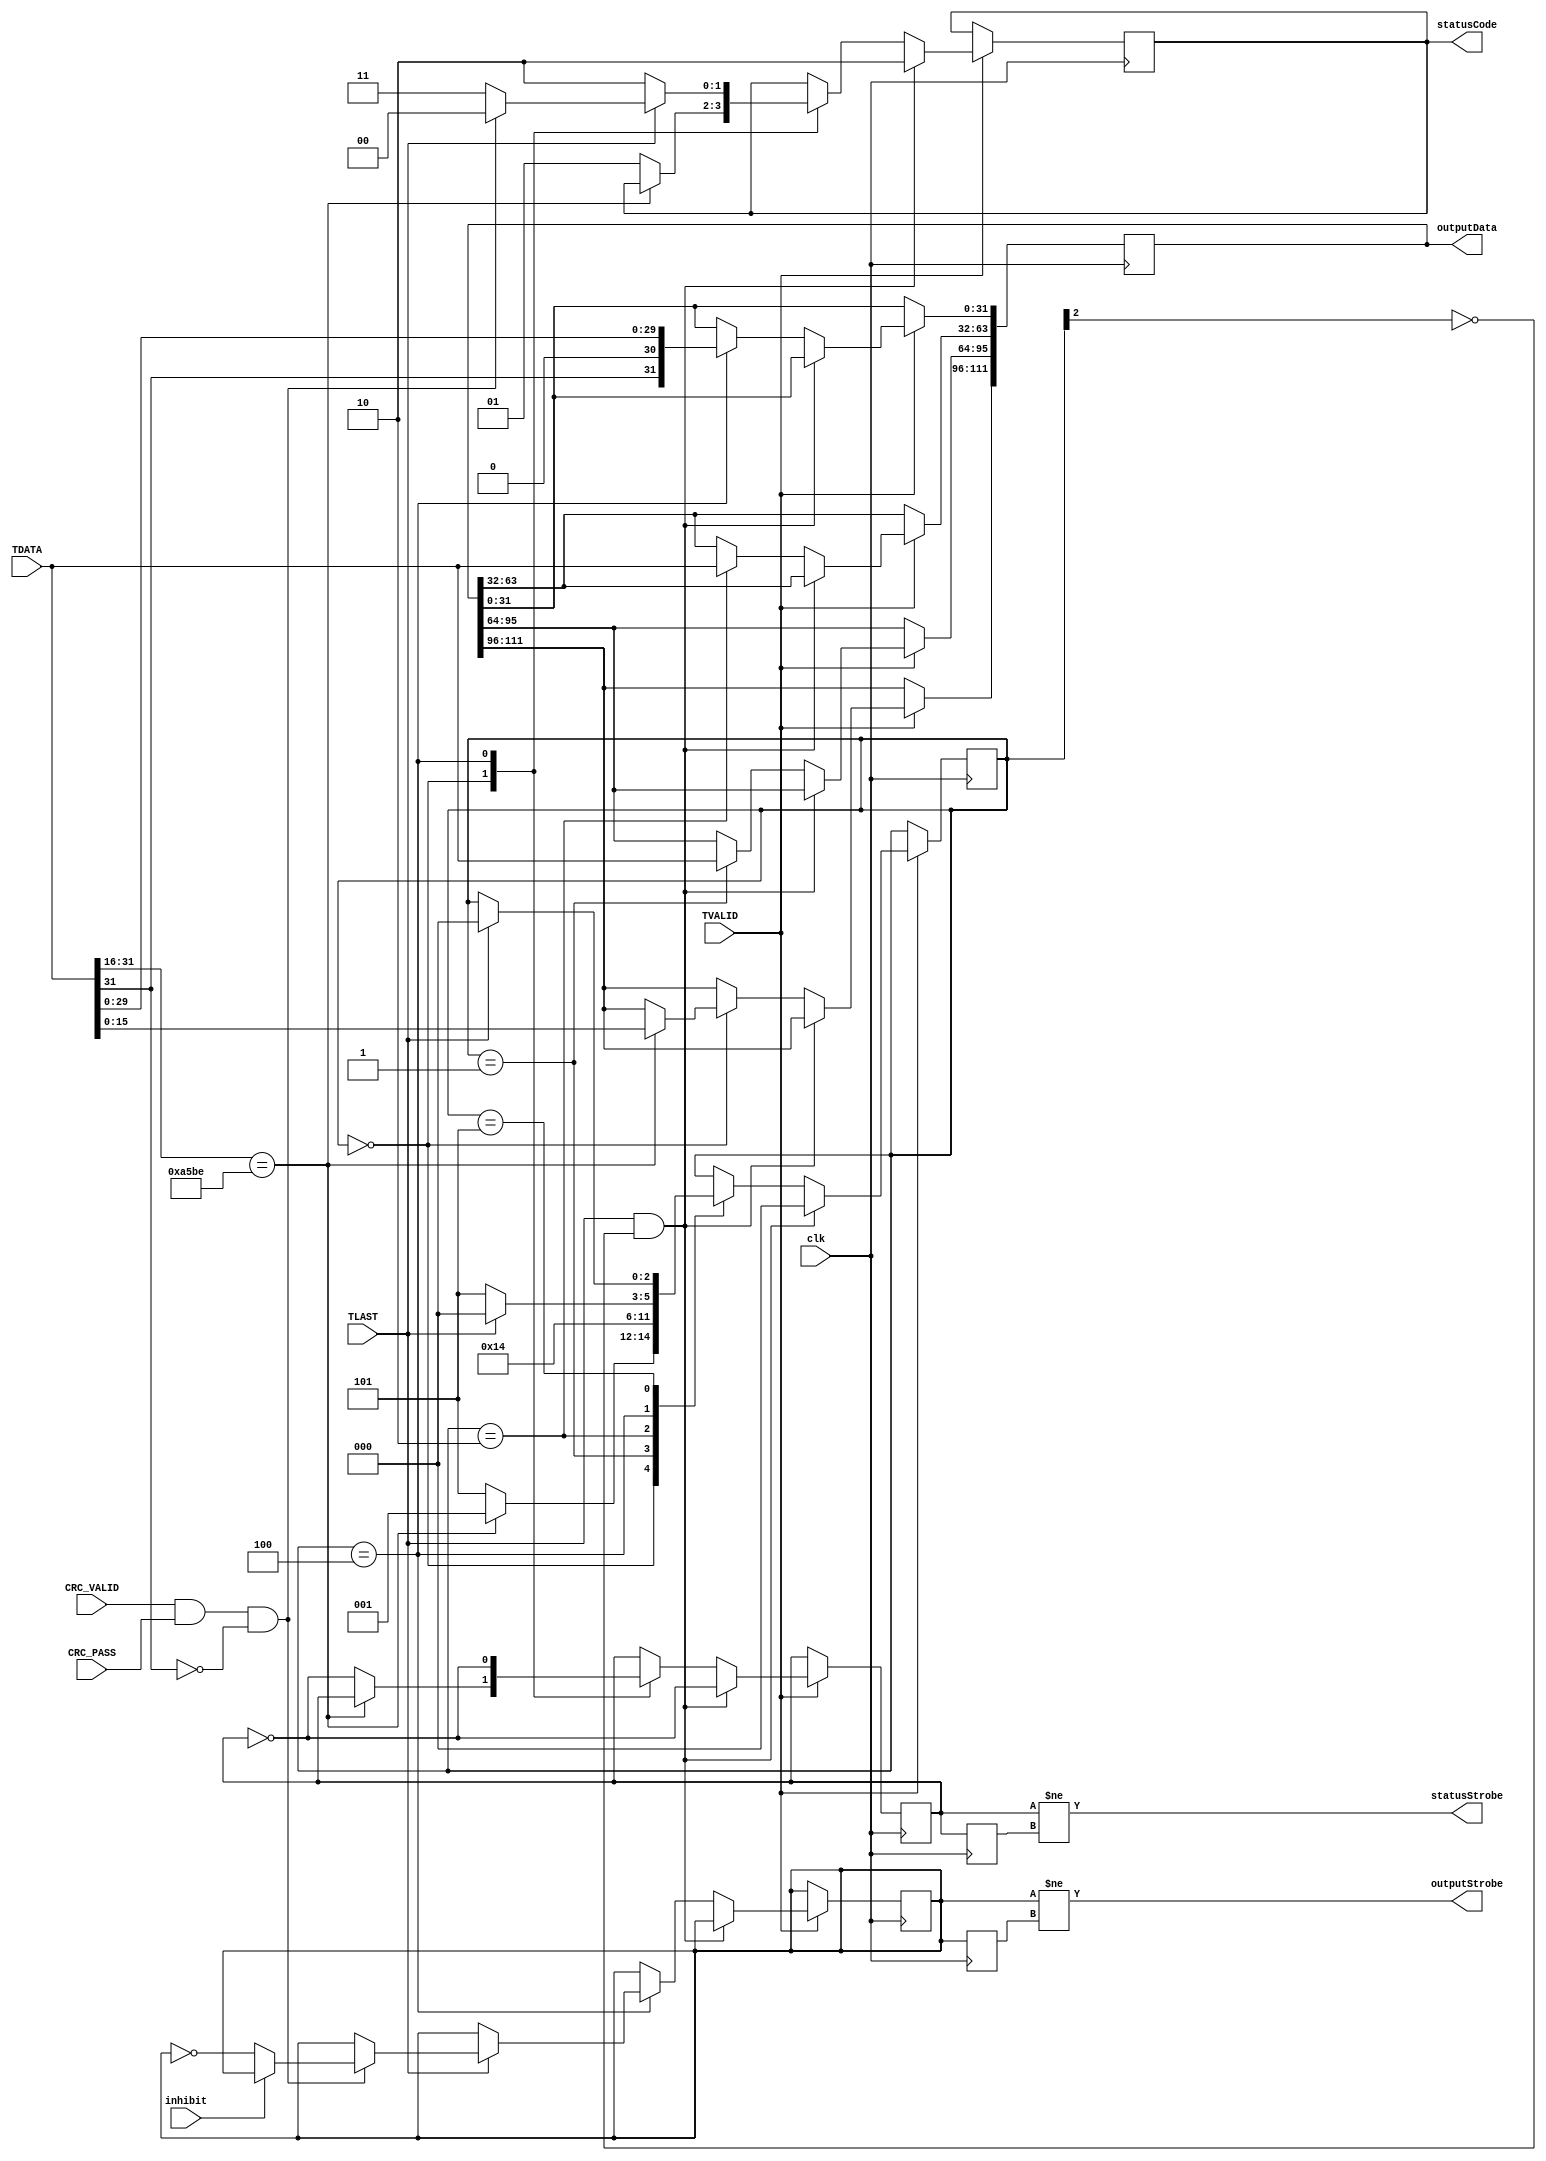
//
// Read values from a BPM link
// Everything is in Aurora receiver AXI clock domain.
//
module readBPMlink #(
    parameter dbg = "false") (
                       input  wire         clk,
(* mark_debug = dbg *) input  wire  [31:0] TDATA,
(* mark_debug = dbg *) input  wire         TVALID,
(* mark_debug = dbg *) input  wire         TLAST,
(* mark_debug = dbg *) input  wire         CRC_VALID,
(* mark_debug = dbg *) input  wire         CRC_PASS,
(* mark_debug = dbg *) input  wire         inhibit,
(* mark_debug = dbg *) output wire         outputStrobe,
(* mark_debug = dbg *) output reg  [111:0] outputData,
(* mark_debug = dbg *) output wire         statusStrobe,
(* mark_debug = dbg *) output reg    [1:0] statusCode);

// Reception statistics
localparam ST_SUCCESS    = 2'd0,
           ST_BAD_HEADER = 2'd1,
           ST_BAD_SIZE   = 2'd2,
           ST_BAD_PACKET = 2'd3;

// Reception state machine
localparam S_AWAIT_HEADER      = 0,
           S_AWAIT_X           = 1,
           S_AWAIT_Y           = 2,
           S_AWAIT_S           = 4,
           S_AWAIT_LAST        = 5;
(* mark_debug = dbg *) reg   [2:0] state = S_AWAIT_HEADER;

reg statusToggle = 0, statusToggle_d = 0;
assign statusStrobe = (statusToggle != statusToggle_d);
reg outputToggle = 0, outputToggle_d = 0;
assign outputStrobe = (outputToggle != outputToggle_d);

always @(posedge clk) begin
    statusToggle_d <= statusToggle;
    outputToggle_d <= outputToggle;
    if (TVALID) begin
        if (TLAST && !state[2]) begin
            statusCode <= ST_BAD_SIZE;
            statusToggle <= !statusToggle;
            state <= S_AWAIT_HEADER;
        end
        else begin
            case (state)
            S_AWAIT_HEADER: begin
                if (TDATA[31:16] == 16'hA5BE) begin
                    outputData[96+:16] <= TDATA[15:0];
                    state <= S_AWAIT_X;
                end
                else begin
                    statusCode <= ST_BAD_HEADER;
                    statusToggle <= !statusToggle;
                    state <= S_AWAIT_LAST;
                end
            end

            S_AWAIT_X: begin
                outputData[64+:32] <= TDATA;
                state <= S_AWAIT_Y;
            end

            S_AWAIT_Y: begin
                outputData[32+:32] <= TDATA;
                state <= S_AWAIT_S;
            end

            S_AWAIT_S: begin
                outputData[0+:32] <= { TDATA[31], 1'b0, TDATA[29:0] };
                if (TLAST) begin
                    if (CRC_VALID && CRC_PASS && !TDATA[31]) begin
                        if (!inhibit) outputToggle <= !outputToggle;
                        statusCode <= ST_SUCCESS;
                    end
                    else begin
                        statusCode <= ST_BAD_PACKET;
                    end
                    state <= S_AWAIT_HEADER;
                end
                else begin
                    statusCode <= ST_BAD_SIZE;
                    state <= S_AWAIT_LAST;
                end
                statusToggle <= !statusToggle;
            end

            S_AWAIT_LAST: begin
                if (TLAST) begin
                    state <= S_AWAIT_HEADER;
                end
            end
            default: ;
            endcase
        end
    end
end

endmodule